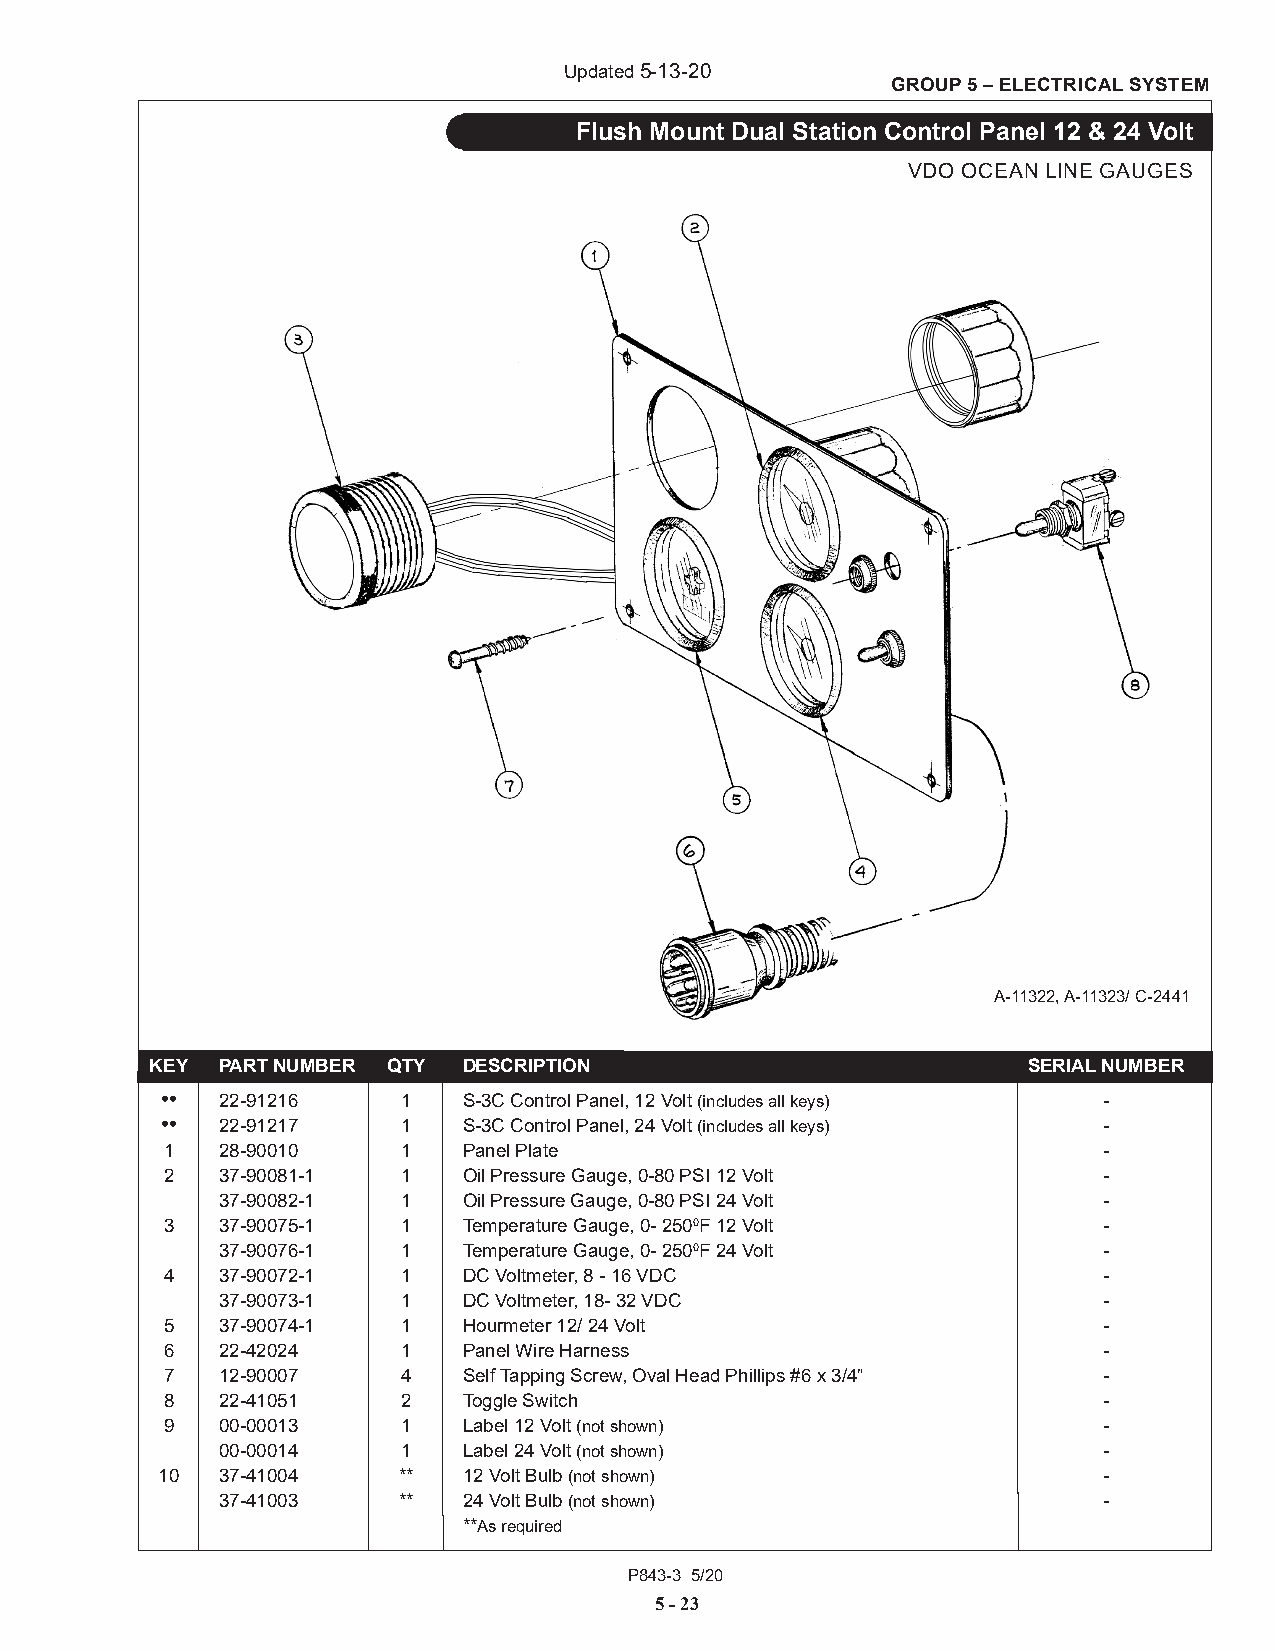
Updated 5-13-20
 GROUP 5 – ELECTRICAL SYSTEM
 Flush Mount Dual Station Control Panel 12 & 24 Volt
 VDO OCEAN LINE GAUGES
 A-11322, A-11323/ C-2441
 KEY PART NUMBER QTY  DESCRIPTION                     A-4732, A-4S5E9R7/I AC-L2 4N4U1MBER
 •• 22-91216     1   S-3C Control Panel, 12 Volt (includes all keys) -
 •• 22-91217     1   S-3C Control Panel, 24 Volt (includes all keys) -
 1  28-90010     1   Panel Plate                               -
 2  37-90081-1   1   Oil Pressure Gauge, 0-80 PSI 12 Volt      -
 37-90082-1   1   Oil Pressure Gauge, 0-80 PSI 24 Volt      -
 3  37-90075-1   1   Temperature Gauge, 0- 2500F 12 Volt       -
 37-90076-1   1   Temperature Gauge, 0- 2500F 24 Volt       -
 4  37-90072-1   1   DC Voltmeter, 8 - 16 VDC                  -
 37-90073-1   1   DC Voltmeter, 18- 32 VDC                  -
 5  37-90074-1   1   Hourmeter 12/ 24 Volt                     -
 6  22-42024     1   Panel Wire Harness                        -
 7  12-90007     4   Self Tapping Screw, Oval Head Phillips #6 x 3/4” -
 8  22-41051     2   Toggle Switch                             -
 9  00-00013     1   Label 12 Volt (not shown)                 -
 00-00014     1   Label 24 Volt (not shown)                 -
 10  37-41004    **   12 Volt Bulb (not shown)                  -
 37-41003    **   24 Volt Bulb (not shown)                  -
 **As required
 P843-3 5/20
 5 - 23